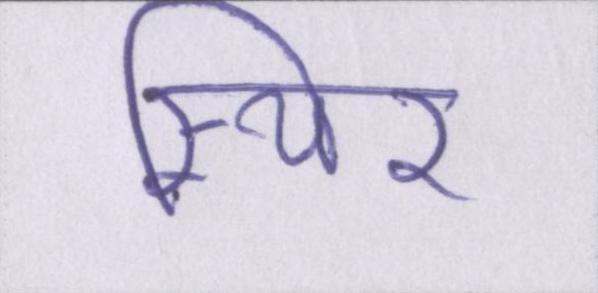
स्थिर